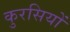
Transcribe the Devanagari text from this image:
कुरसियों